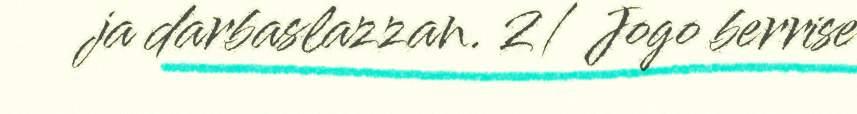
ja darbaslazzan. 2/ Jogo berrise